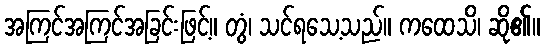
အကြင်အကြင်အခြင်းဖြင့်။ တွံ၊ သင်ရသေ့သည်။ ကထေသိ၊ ဆို၏။